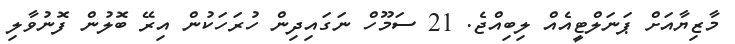
މާޒިޔާއަށް ޕަނަލްޓީއެއް ލިބިއްޖެ. 21 ސަމޫހް ނަގައިދިން ހުރަހަކުން އިރޭ ބޮލުން ފޮނުވާލި